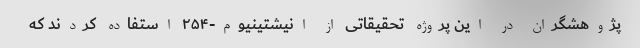
پژوهشگران در این پروژهٔ تحقیقاتی از انیشتینیوم-۲۵۴ استفاده کردند که